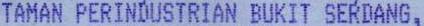
TAMAN PERINDUSTRIAN BUKIT SERDANG,